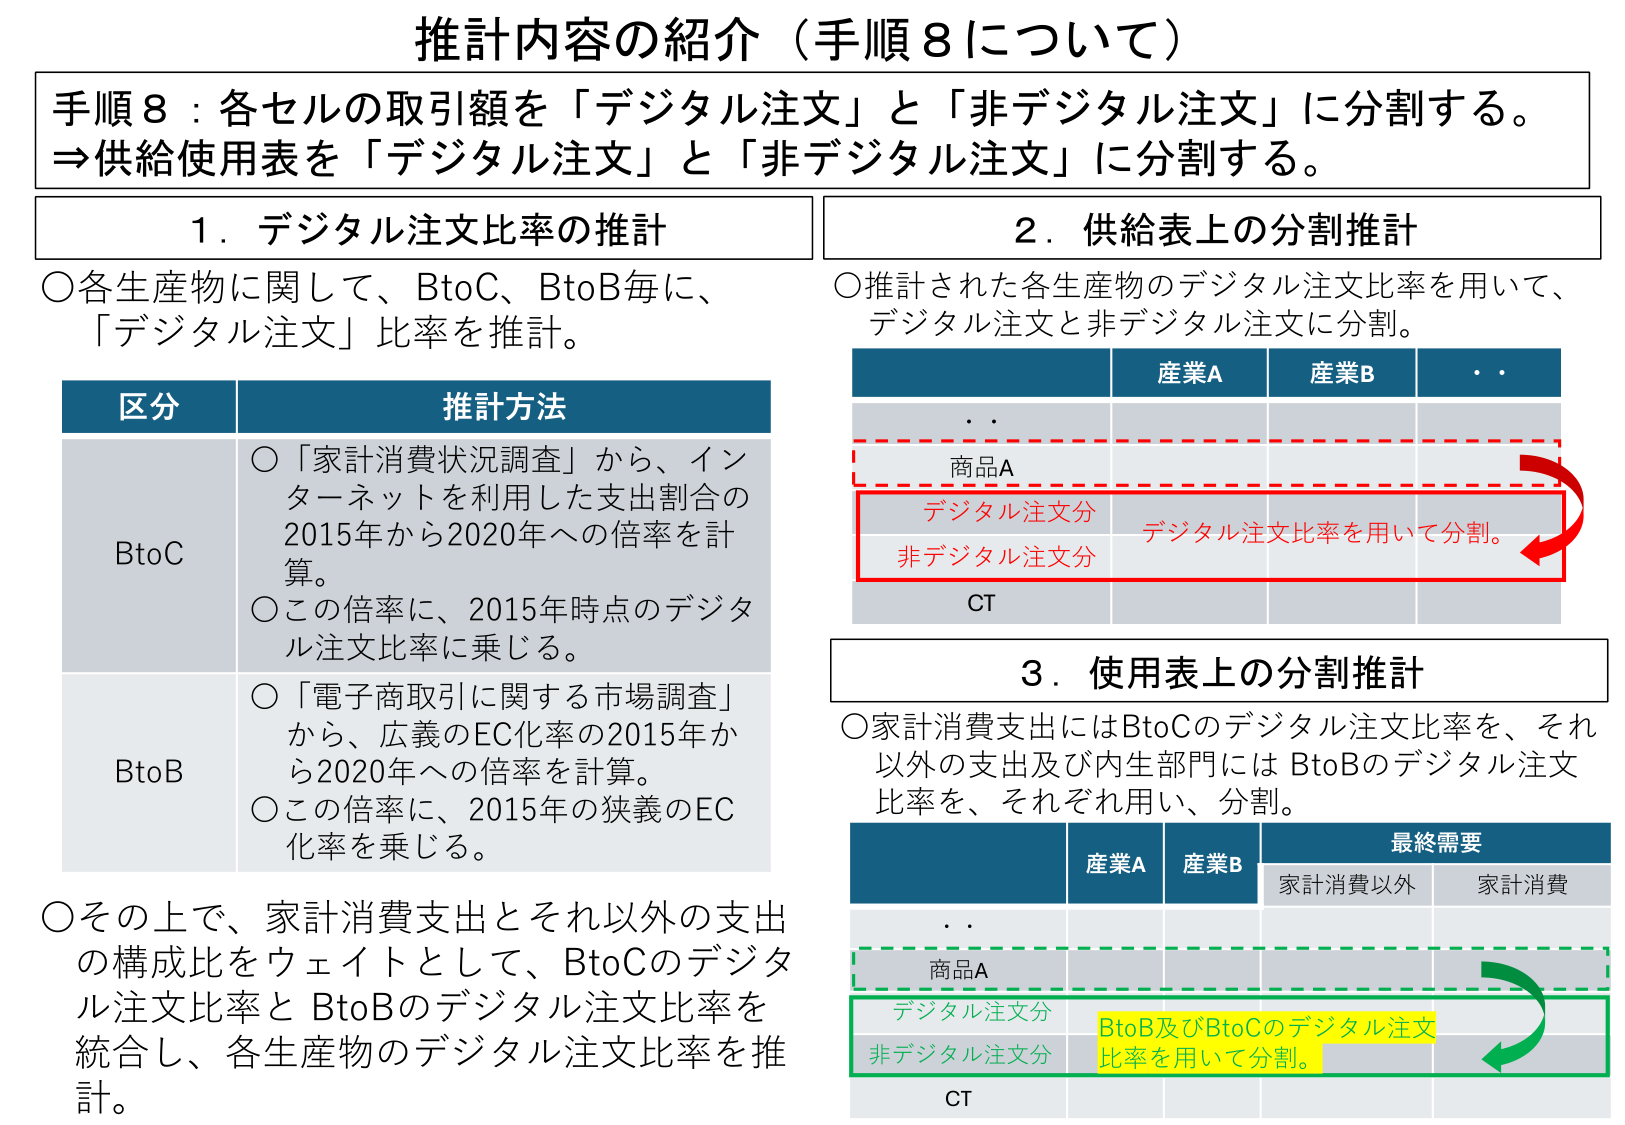
推計内容の紹介（手順8について）

手順8：各セルの取引額を「デジタル注文」と「非デジタル注文」に分割する。
⇒供給使用表を「デジタル注文」と「非デジタル注文」に分割する。

1．デジタル注文比率の推計
○各生産物に関して、BtoC、BtoB毎に、「デジタル注文」比率を推計。

区分　　推計方法
BtoC　　○「家計消費状況調査」から、インターネットを利用した支出割合の2015年から2020年への倍率を計算。
　　　　○この倍率に、2015年時点のデジタル注文比率を乗じる。
BtoB　　○「電子商取引に関する市場調査」から、広義のEC化率の2015年から2020年への倍率を計算。
　　　　○この倍率に、2015年の狭義のEC化率を乗じる。

○その上で、家計消費支出とそれ以外の支出の構成比をウェイトとして、BtoCのデジタル注文比率とBtoBのデジタル注文比率を統合し、各生産物のデジタル注文比率を推計。

2．供給表上の分割推計
○推計された各生産物のデジタル注文比率を用いて、デジタル注文と非デジタル注文に分割。

　　　　　　産業A　　産業B　　・・
　　　　　　・・
　　　　　　商品A
　　　　　　デジタル注文分　　デジタル注文比率を用いて分割。
　　　　　　非デジタル注文分
　　　　　　CT

3．使用表上の分割推計
○家計消費支出にはBtoCのデジタル注文比率を、それ以外の支出及び内生部門にはBtoBのデジタル注文比率を、それぞれ用い、分割。

　　　　　　産業A　　産業B　　最終需要
　　　　　　　　　　　　　　家計消費以外　　家計消費
　　　　　　・・
　　　　　　商品A
　　　　　　デジタル注文分　　BtoB及びBtoCのデジタル注文比率を用いて分割。
　　　　　　非デジタル注文分
　　　　　　CT